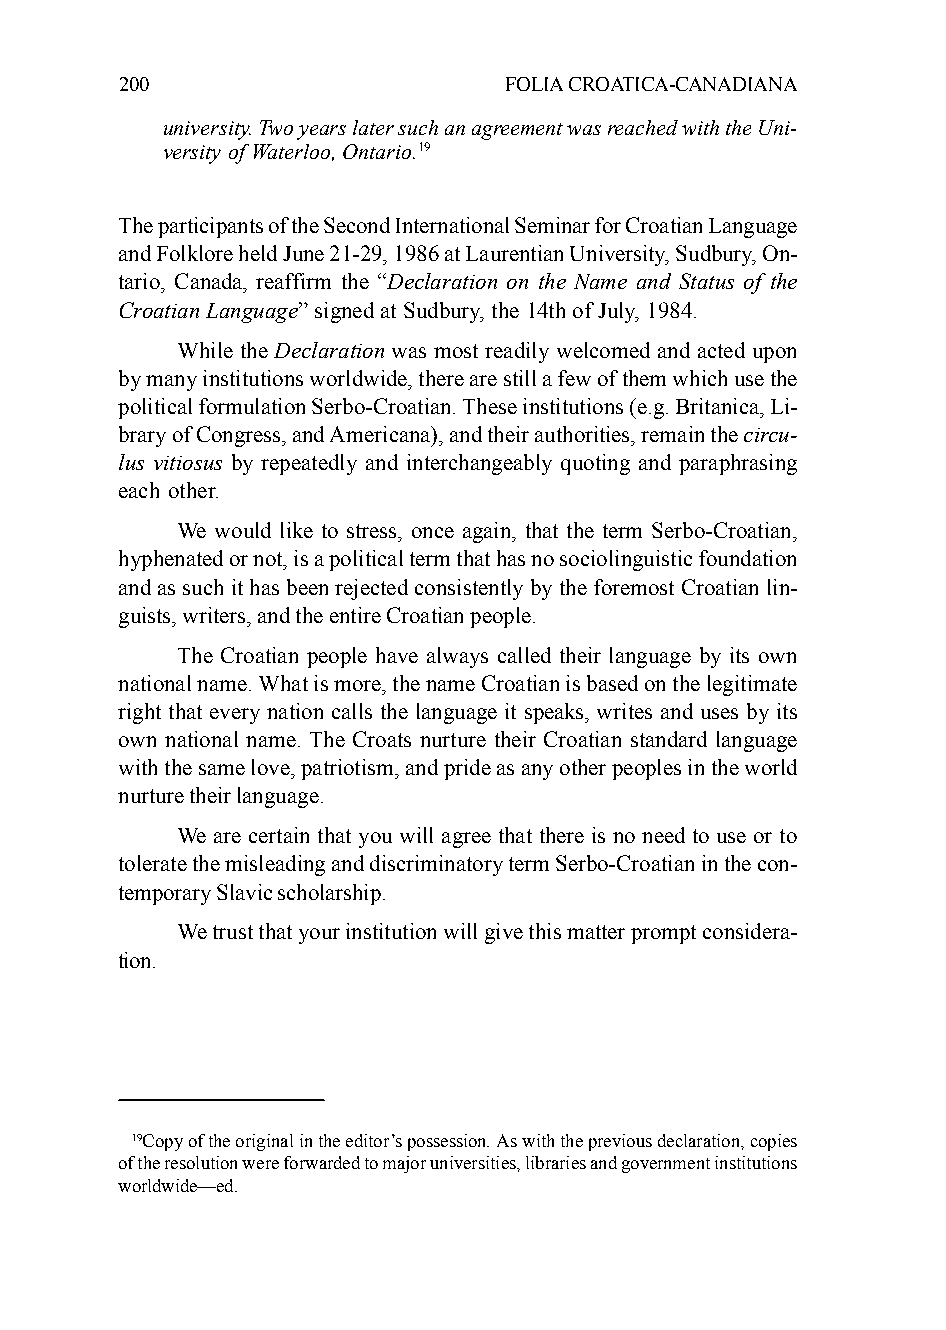
200                      FOLIA CROATICA-CANADIANA
 university. Two years later such an agreement was reached with the Uni-
 versity of Waterloo, Ontario.19
 The participants of the Second International Seminar for Croatian Language
 and Folklore held June 21-29, 1986 at Laurentian University, Sudbury, On-
 tario, Canada, reaffirm the “Declaration on the Name and Status of the
 Croatian Language” signed at Sudbury, the 14th of July, 1984.
 While the Declaration was most readily welcomed and acted upon
 by many institutions worldwide, there are still a few of them which use the
 political formulation Serbo-Croatian. These institutions (e.g. Britanica, Li-
 brary of Congress, and Americana), and their authorities, remain the circu-
 lus vitiosus by repeatedly and interchangeably quoting and paraphrasing
 each other.
 We would like to stress, once again, that the term Serbo-Croatian,
 hyphenated or not, is a political term that has no sociolinguistic foundation
 and as such it has been rejected consistently by the foremost Croatian lin-
 guists, writers, and the entire Croatian people.
 The Croatian people have always called their language by its own
 national name. What is more, the name Croatian is based on the legitimate
 right that every nation calls the language it speaks, writes and uses by its
 own national name. The Croats nurture their Croatian standard language
 with the same love, patriotism, and pride as any other peoples in the world
 nurture their language.
 We are certain that you will agree that there is no need to use or to
 tolerate the misleading and discriminatory term Serbo-Croatian in the con-
 temporary Slavic scholarship.
 We trust that your institution will give this matter prompt considera-
 tion.
 19Copy of the original in the editor’s possession. As with the previous declaration, copies
 of the resolution were forwarded to major universities, libraries and government institutions
 worldwide—ed.